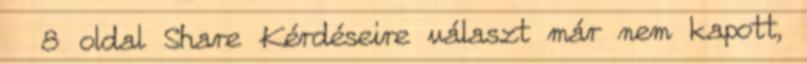
8 oldal Share Kérdéseire választ már nem kapott,